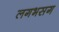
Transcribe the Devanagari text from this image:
लगभसग